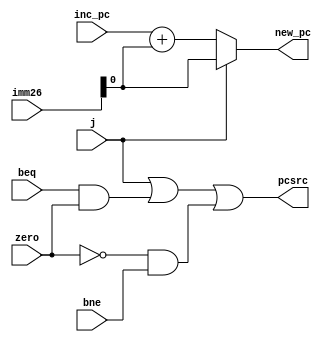
module next_pc #(parameter WIDTH = 1)(inc_pc, imm26, zero, j, bne, beq, pcsrc, new_pc);

input wire [WIDTH-1:0] inc_pc;
input wire [25:0] imm26;
input wire zero, j, bne, beq;

output [WIDTH-1:0] new_pc;
output pcsrc;

wire [WIDTH-1:0] sign_extencion;
wire [WIDTH-1:0] mux_in_0;
wire [WIDTH-1:0] mux_in_1;

assign sign_extencion = {{16{imm26[15]}}, imm26[15:0]};
assign mux_in_0 = inc_pc + sign_extencion;
assign mux_in_1 = {inc_pc[WIDTH-1:26], imm26};

assign pcsrc = j || (beq & zero) || (~zero & bne);

assign new_pc = j ? mux_in_1 : mux_in_0;

endmodule